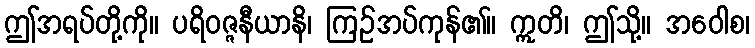
ဤအရပ်တို့ကို။ ပရိဝဇ္ဇနီယာနိ၊ ကြဉ်အပ်ကုန်၏။ ဣတိ၊ ဤသို့။ အဝေါစ၊